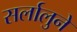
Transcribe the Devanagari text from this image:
सर्लालुने